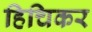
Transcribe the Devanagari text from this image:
हिचिकर